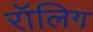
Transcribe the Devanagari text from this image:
रॉलिग